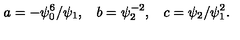
a = - \psi _ { 0 } ^ { 6 } / \psi _ { 1 } , \: \: \: \: b = \psi _ { 2 } ^ { - 2 } , \: \: \: \: c = \psi _ { 2 } / \psi _ { 1 } ^ { 2 } .